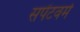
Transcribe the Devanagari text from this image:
सपेंटवर्म